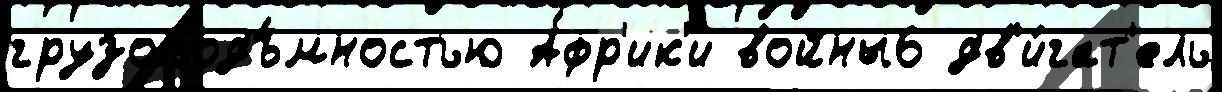
грузоподъ́мностью А́фр'ик'и войны6 дв'и́гат'ель